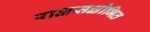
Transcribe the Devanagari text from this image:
राक्षसक्षोभित